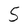
Character: 5